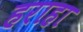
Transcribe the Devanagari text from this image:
हराहा